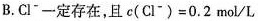
B.\mathrm{Cl}^{-}一定存在，且$$c \left ( \mathrm { Cl } ^ { - }